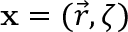
\mathbf { x } = ( \vec { r } , \zeta )